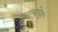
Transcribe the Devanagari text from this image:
आल्येला